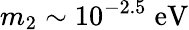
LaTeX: m_{2}\sim 10^{-2.5}\; \mathrm{eV}